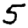
Digit: 5